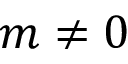
m \neq 0